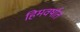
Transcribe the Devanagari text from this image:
हिमवर्षात